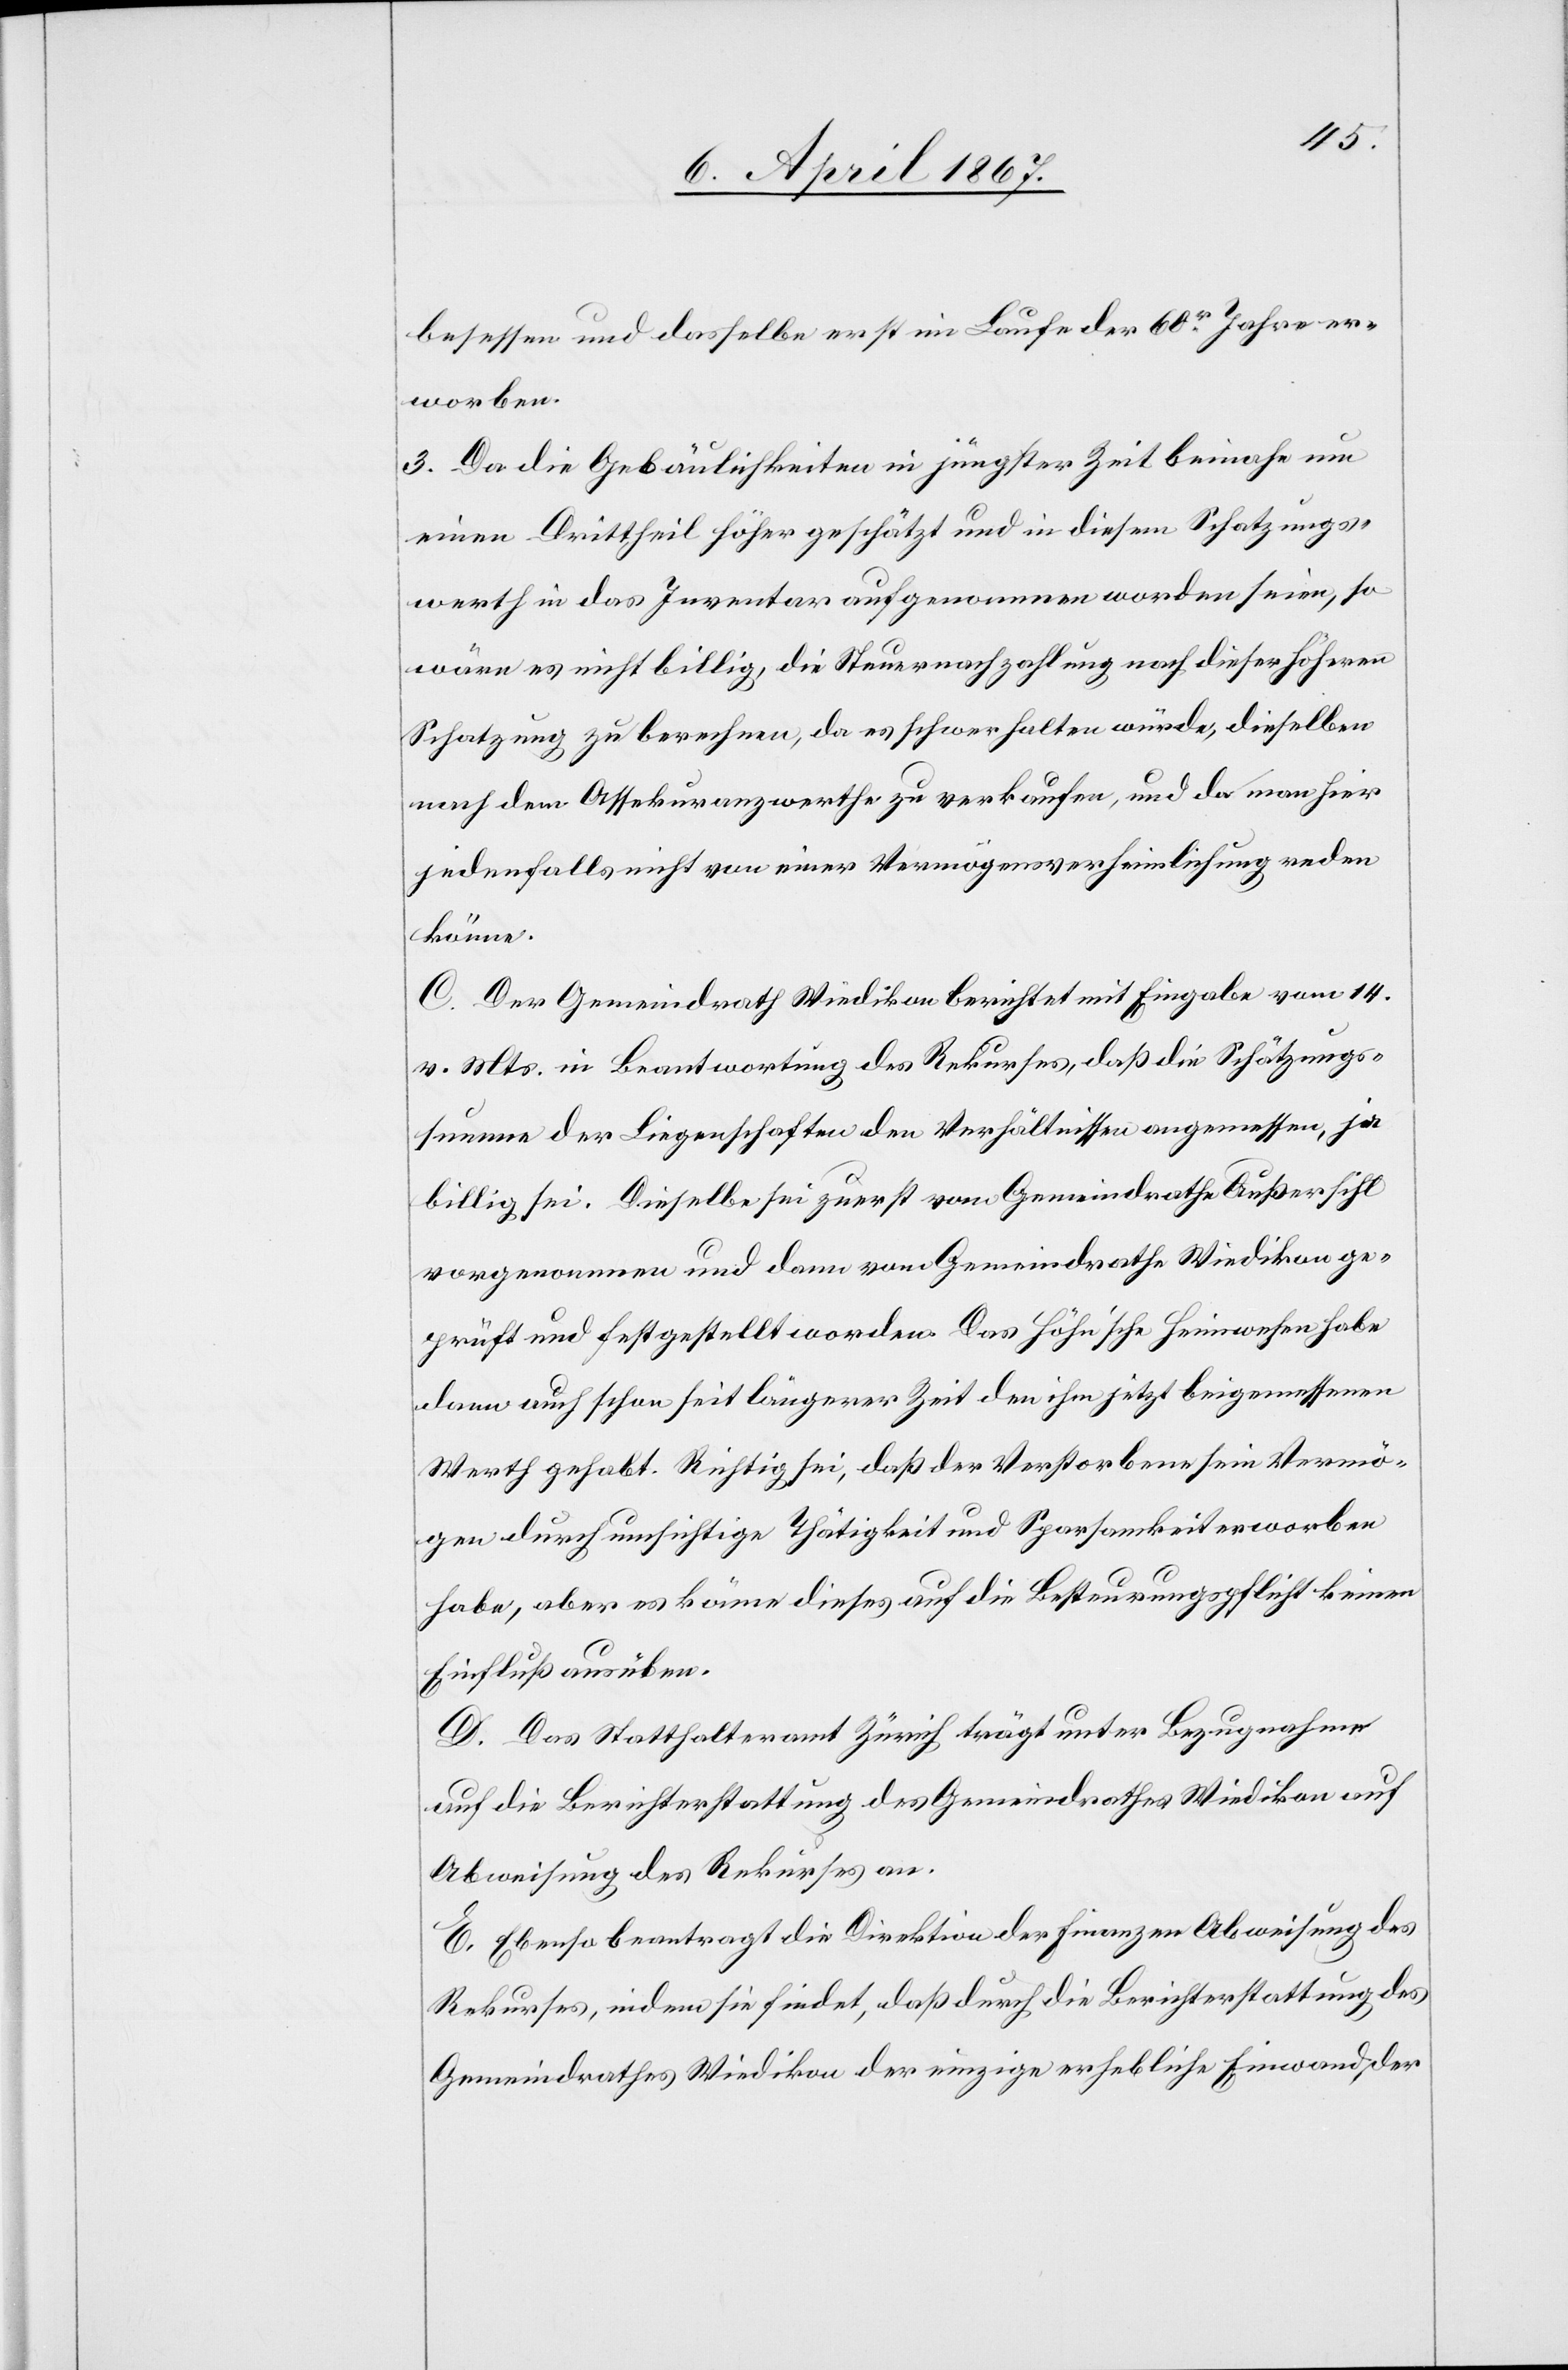
besessen und dasselbe erst im Laufe der 60r Jahre er¬
worben.
3. Da die Gebäulichkeiten in jüngster Zeit beinahe um
einen Drittheil höher geschätzt und in diesem Schatzungs¬
werth in das Inventar aufgenommen worden seien, so
wäre es nicht billig, die Steuernachzahlung nach dieser höheren
Schatzung zu berechnen, da es schwer halten würde, dieselben
nach dem Assekuranzwerthe zu verkaufen, und da man hier
jedenfalls nicht von einer Vermögensverheimlichung reden
könne.
C. Der Gemeinderath Wiedikon berichtet mit Eingabe vom 14.
v. Mts. in Beantwortung des Rekurses, daß die Schätzungs¬
summe der Liegenschaften den Verhältnissen angemessen, ja
billig sei. Dieselbe sei zuerst vom Gemeindrathe Außersihl
vorgenommen und dann vom Gemeindrathe Wiedikon ge¬
prüft und festgestellt worden. Das Höhn’sche Heimwesen habe
dann auch schon seit längerer Zeit den ihm jetzt beigemessenen
Werth gehabt. Richtig sei, daß der Verstorbene sein Vermö¬
gen durch umsichtige Thätigkeit und Sparsamkeit erworben
habe, aber es könne dieses auf die Besteuerungspflicht keinen
Einfluß ausüben.
D. Das Statthalteramt Zürich trägt unter Bezugnahme
auf die Berichterstattung des Gemeinderathes Wiedikon auf
Abweisung des Rekurses an.
E. Ebenso beantragt die Direktion der Finanzen Abweisung des
Rekurses, indem sie findet, daß durch die Berichterstattung des
Gemeindrathes Wiedikon der einzige erhebliche Einwand der